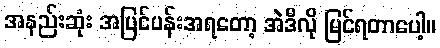
အနည်းဆုံး အပြင်ပန်းအရတော့ အဲဒီလို မြင်ရတာပေါ့။